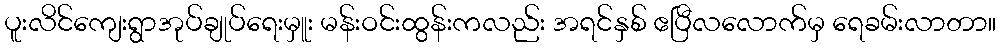
ပူးလိင်ကျေးရွာအုပ်ချုပ်ရေးမှူး မန်းဝင်းထွန်းကလည်း အရင်နှစ် ဧပြီလလောက်မှ ရေခမ်းလာတာ။